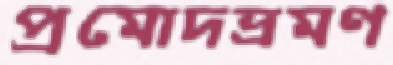
প্রমোদভ্রমণ